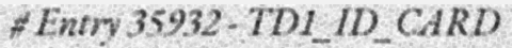
# Entry 35932 - TD1_ID_CARD